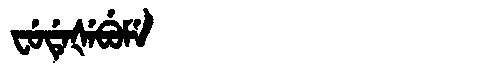
Manchu: ᠸᡠᡩᡝᡧᡝᠪᡠᠮᡝ
Romanization: FUDEŠEBUME